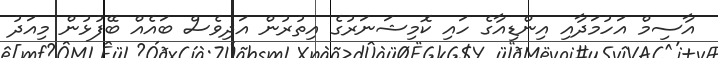
އާސިމް އަހުމަދާއި އިންޑިއާގެ ހައި ކޮމިޝަނަރުގެ އިތުރުން އަދިވެސް ބައެއް ބޭފުޅުން މިއަދު